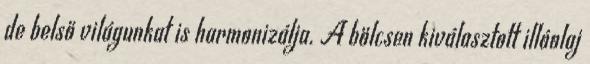
de belső világunkat is harmonizálja. A bölcsen kiválasztott illóolaj